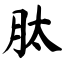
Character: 肽